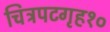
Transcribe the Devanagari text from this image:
चित्रपटगृह१०